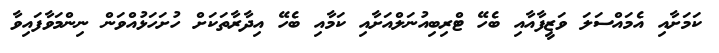
ކަމަށާއި އެމައްސަލަ ވަޒީފާއާއި ބެހޭ ޓްރިބިއުނަލްއަށާއި ކަމާއި ބެހޭ އިދާރާތަކަށް ހުށަހަޅުއްވަން ނިންމަވާފައިވާ